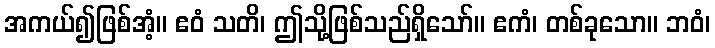
အကယ်၍ဖြစ်အံ့။ ဧဝံ သတိ၊ ဤသို့ဖြစ်သည်ရှိသော်။ ဧကံ၊ တစ်ခုသော။ ဘဝံ၊